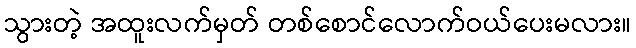
သွားတဲ့ အထူးလက်မှတ် တစ်စောင်လောက်ဝယ်ပေးမလား။